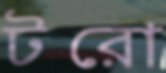
টরো